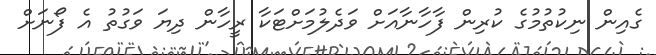
ގެއިން ނިކުތުމުގެ ކުރިން ފާހާނާއަށް ވަދެލުމަށްޓަކާ ރީހާން ދިޔަ ވަގުތު އެ ފޯނަށް